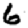
Digit: 6